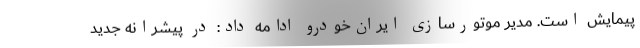
پیمایش است. مدیر موتورسازی ایران‌خودرو ادامه داد: در پیشرانه جدید